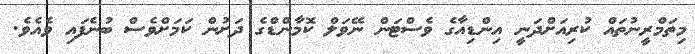
މިތަމްރީނުތައް ކުރިއަށްދަނީ އިންޑިއާގެ ވެސްޓަން ނޭވަލް ކޮމާންޑްގެ ދަށުން ކަމަށްވެސް ބުނެފައި ވެއެވެ.